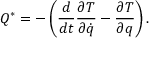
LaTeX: Q ^ { * } = - \left( { \frac { d } { d t } } { \frac { \partial T } { \partial { \dot { q } } } } - { \frac { \partial T } { \partial q } } \right) .